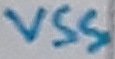
Text: vss